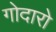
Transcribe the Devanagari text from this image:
गोदारो